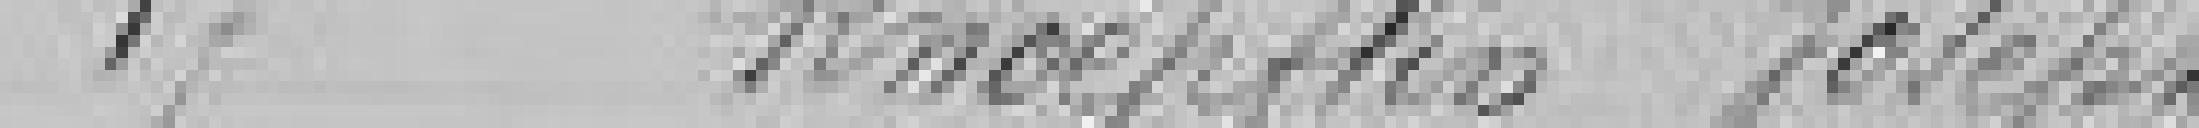
17 Knoepflin Joseph